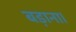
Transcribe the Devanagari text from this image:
बड़ाना।